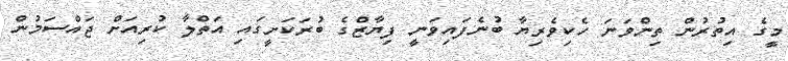
މީގެ އިތުރުން ތިންވަނަ ހެކިވެރިޔާ ބުނެފައިވަނީ ފިޔާޒްގެ ބުރަކަށީގައި އަތްލާ ކުރިއަށް ޖައްސަމުން